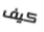
كيف